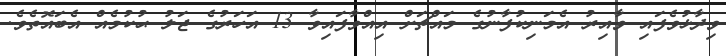
ވިދާޅުވެފައި ވާއިރު އެމަނިކުފާނުގެ މައްޗަށް އިއްވާފައިވާ 13 އަހަރުގެ ޖަލު ޙުކުމެއް އެބައޮތެވެ.